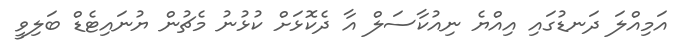
އަމިއްލަ ދަނޑުގައި އިއްޔެ ނިއުކާސަލް އާ ދެކޮޅަށް ކުޅުނު މެޗުން ޔުނައިޓެޑް ބަލިވީ